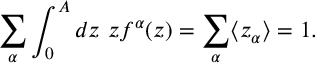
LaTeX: \sum _ { \alpha } \int _ { 0 } ^ { A } d z ~ z f ^ { \alpha } ( z ) = \sum _ { \alpha } \langle z _ { \alpha } \rangle = 1 .